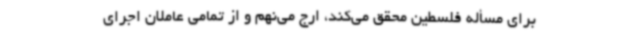
برای مسأله فلسطین محقق می‌کند، ارج می‌نهم و از تمامی عاملان اجرای